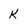
Character: k